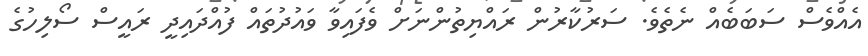
އެއްވެސް ސަބަބެއް ނެތެވެ. ސަރުކާރުން ރައްޔިތުންނަށް ވެފައިވާ ވައުދުތައް ފުއްދައިދީ ރައީސް ސޯލިހުގެ